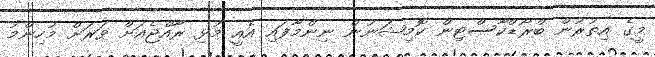
މީގެ އިތުރުން ބްރޯޑްކާސްޓިން ކޮމިޝަނުން ނިންމާފައި އެއީ މުޅި ރާއްޖެއަށް ވަރަށް މުހިންމު